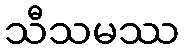
သီသမဿ